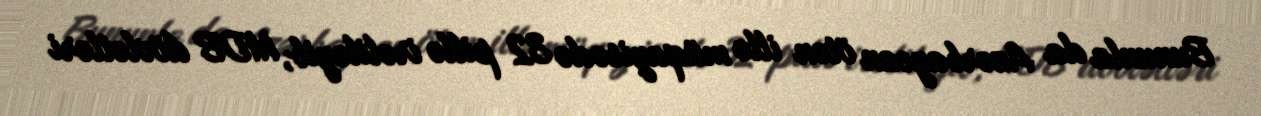
Bununla da Azərbaycan ötən illə müqayisədə 32 pillə irəliləyib, MDB dövlətləri